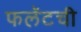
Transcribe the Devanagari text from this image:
फलॅटची